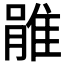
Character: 𨿔